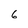
Character: 6